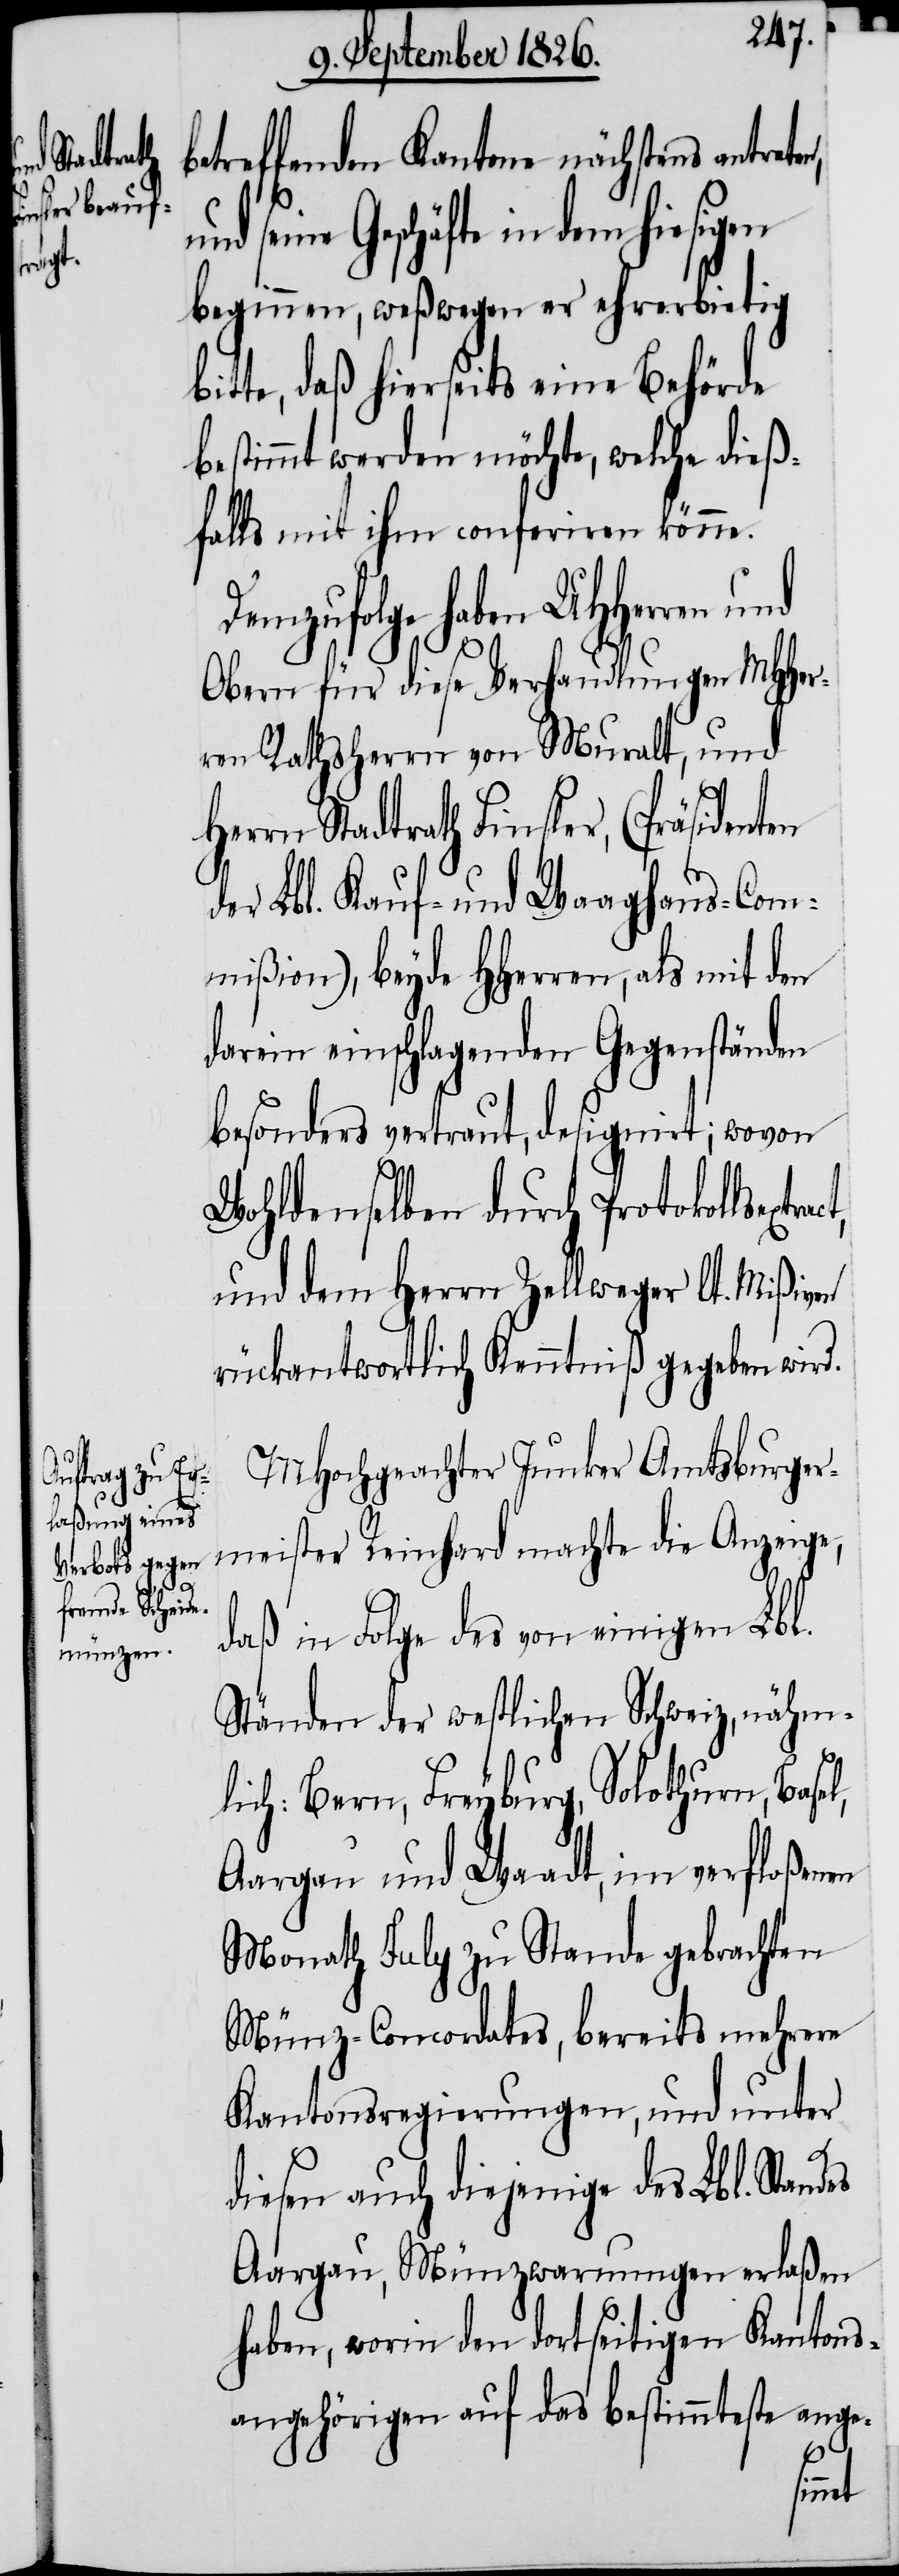
ract,

betreffenden Kantone nächstens antrete¬
beginnen, weßwegen er ehrerbietig
bitte, daß hierseits eine Behörde
bestimmt werden möchte, welche dieß¬
falls mit ihm conferiren könne.
Demzufolge haben
Obern für diese Verhandlungen MHHer¬
ren Rathsherrn von Muralt, und
Herrn Stadtrath Finsler, (Präsidenten
der Lbl. Kauf- und Waaghaus-Com¬
mißion), beyde HHerren, als mit den
darin einschlagenden Gegenständen
besonders vertraut, designirt; wovon
l,
Wohldenselben durch Protokollsext¬
und dem Herrn Zellweger lt. Mißiven
rückantwortlich Kenntniß gegeben wird.
MHochgeachter Junker Amtsburger¬
meister Reinhard machte die Anzeige,
daß in Folge des von einigen Lbl.
Ständen der westlichen Schweiz, nähm¬
lich: Bern, Freyburg, Solothurn, Base¬
Aargau und Waadt, im verfloßenen
Monath July zu Stande gebrachten
Münz-Concordates, bereits mehrere
Kantonsregierungen, und unter
diesen auch diejenige des Lbl. Standes
Aargau, Münzwarnungen erlaßen
haben, worin den dortseitigen Kantons¬
angehörigen auf das Bestimmteste ange-
seine

n,